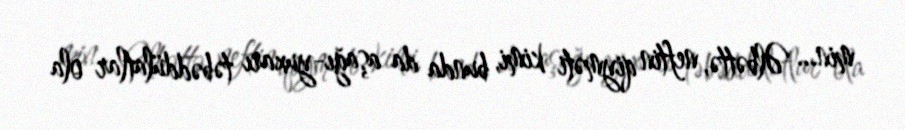
min... Əlbəttə, neftin qiyməti kimi, bunda da aşağı-yuxarı təbəddülatlar ola